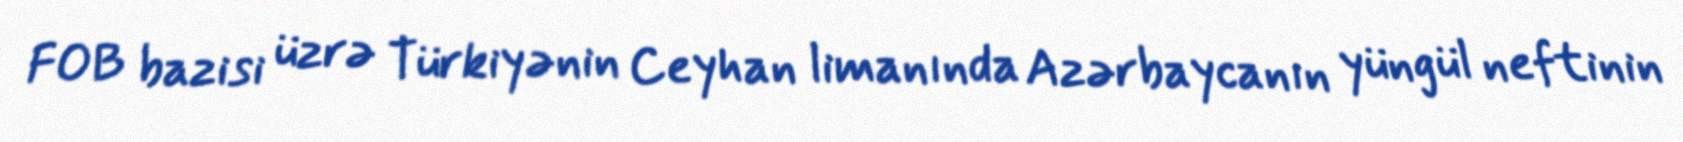
FOB bazisi üzrə Türkiyənin Ceyhan limanında Azərbaycanın yüngül neftinin